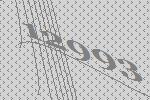
12993